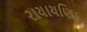
રાયાયણિક